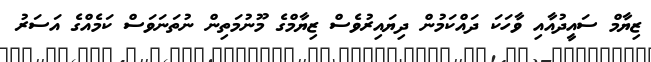
ޒިޔާމް ސައީދުއާއި ވާހަކަ ދައްކަމުން ދިޔައިރުވެސް ޒިޔާމްގެ މޫނުމަތިން ނުތަނަވަސް ކަމެއްގެ އަސަރު